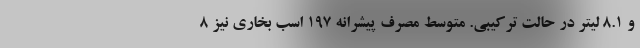
و 8.1 لیتر در حالت ترکیبی. متوسط مصرف پیشرانه 197 اسب بخاری نیز 8